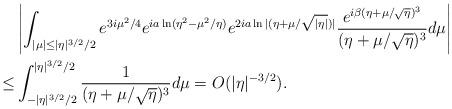
LaTeX: \begin{align*}&\left|\int_{|\mu|\le |\eta|^{3/2}/2} e^{3i\mu^2/4}e^{ia\ln(\eta^2-\mu^2/\eta)} e^{2ia\ln|(\eta+\mu/\sqrt{|\eta|})|}\frac{e^{i\beta (\eta+\mu/\sqrt{\eta})^3}}{(\eta+\mu/\sqrt{\eta})^3} d\mu\right|\\ \le & \int_{-|\eta|^{3/2}/2}^{|\eta|^{3/2}/2} \frac{1}{(\eta+\mu/\sqrt{\eta})^3} d\mu = O(|\eta|^{-3/2}).\end{align*}